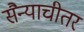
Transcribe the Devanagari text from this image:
सैन्याचीतर